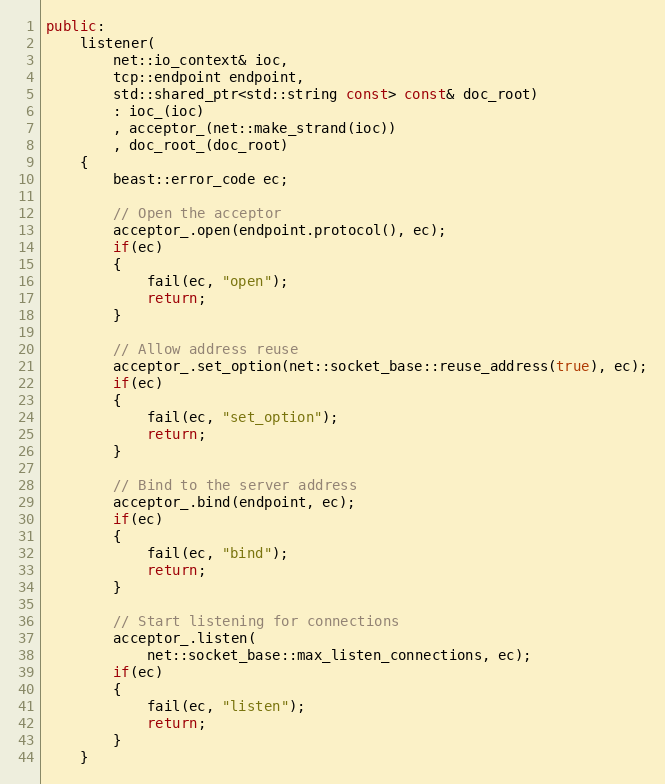
Language: C++
public:
    listener(
        net::io_context& ioc,
        tcp::endpoint endpoint,
        std::shared_ptr<std::string const> const& doc_root)
        : ioc_(ioc)
        , acceptor_(net::make_strand(ioc))
        , doc_root_(doc_root)
    {
        beast::error_code ec;

        // Open the acceptor
        acceptor_.open(endpoint.protocol(), ec);
        if(ec)
        {
            fail(ec, "open");
            return;
        }

        // Allow address reuse
        acceptor_.set_option(net::socket_base::reuse_address(true), ec);
        if(ec)
        {
            fail(ec, "set_option");
            return;
        }

        // Bind to the server address
        acceptor_.bind(endpoint, ec);
        if(ec)
        {
            fail(ec, "bind");
            return;
        }

        // Start listening for connections
        acceptor_.listen(
            net::socket_base::max_listen_connections, ec);
        if(ec)
        {
            fail(ec, "listen");
            return;
        }
    }